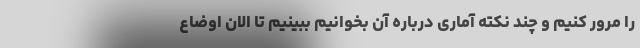
را مرور کنیم و چند نکته آماری درباره آن بخوانیم ببینیم تا الان اوضاع